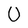
Character: U